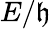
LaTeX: E/\mathfrak{h}